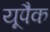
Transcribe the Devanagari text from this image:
यूपैक